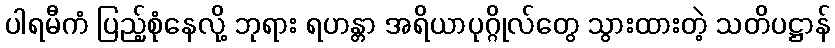
ပါရမီကံ ပြည့်စုံနေလို့ ဘုရား ရဟန္တာ အရိယာပုဂ္ဂိုလ်တွေ သွားထားတဲ့ သတိပဋ္ဌာန်